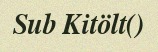
Sub Kitölt()